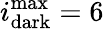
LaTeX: i_{\mathrm{dark}}^{\operatorname*{max}}=6